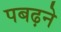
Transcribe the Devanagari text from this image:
पबढ़ने